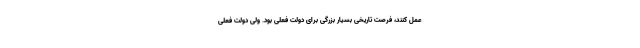
عمل کنند، فرصت تاریخی بسیار بزرگی برای دولت فعلی بود. ولی دولت فعلی